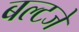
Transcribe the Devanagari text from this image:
बल्टजे